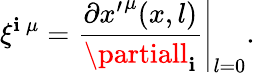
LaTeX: \xi^{\mathbf{i}\: \mu}=\left.\frac{{\partial{x^{\prime}}^{\mu}(x,l)}}{{\partiall_{\mathbf{i}}}}\right|_{l=0}.